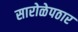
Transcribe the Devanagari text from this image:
सारोळेपठार